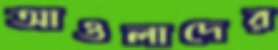
আওলাদের